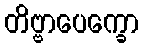
တိဗ္ဗာပေက္ခော